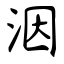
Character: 洇